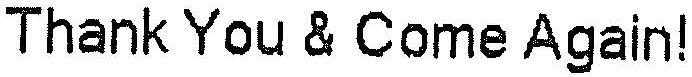
THANK YOU & COME AGAIN!